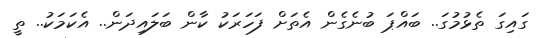
ގައިގަ ތެޅުމުގަ.. ބައްޕަ ބުނެގެން އެތަށް ފަހަރަކު ކާން ބަަލައިދަން.. އެކަމަކު.. ތީ